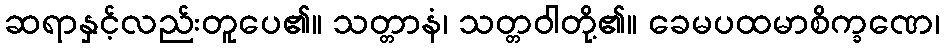
ဆရာနှင့်လည်းတူပေ၏။ သတ္တာနံ၊ သတ္တဝါတို့၏။ ခေမပထမာစိက္ခဏေ၊